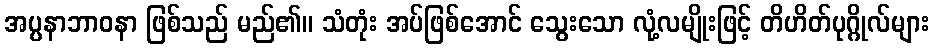
အပ္ပနာဘာဝနာ ဖြစ်သည် မည်၏။ သံတုံး အပ်ဖြစ်အောင် သွေးသော လုံ့လမျိုးဖြင့် တိဟိတ်ပုဂ္ဂိုလ်များ